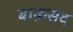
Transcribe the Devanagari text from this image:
बाक़सद